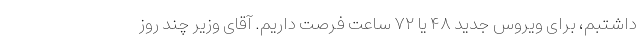
داشتبم، برای ویروس جدید ۴۸ یا ۷۲ ساعت فرصت داریم. آقای وزیر چند روز